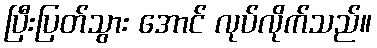
ပြီးပြတ်သွား အောင် လုပ်လိုက်သည်။